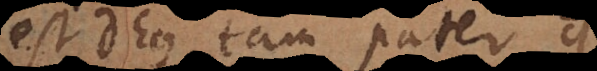
est Deus tam pater quam